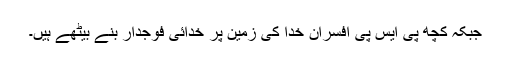
جبکہ کچھ پی ایس پی افسران خدا کی زمین پر خدائی فوجدار بنے بیٹھے ہیں۔